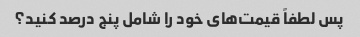
پس لطفاً قیمت‌های خود را شامل پنج درصد کنید؟